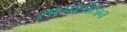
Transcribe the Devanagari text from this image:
लामोत्रीजिन